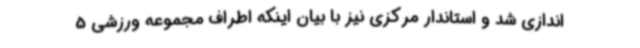
اندازی شد و استاندار مرکزی نیز با بیان اینکه اطراف مجموعه ورزشی 5